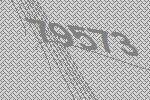
79573